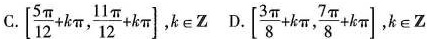
C.[ $$\left[ \frac{5 \pi }{12}+k \pi , \frac{11 \pi }{12}+k \pi \right]$$ k\epsilon Z D.[ $$\left[ \frac{3 \pi }{8}+k \pi , \frac{7 \pi }{8}+k \pi \right] ,k\epsilonZ$$